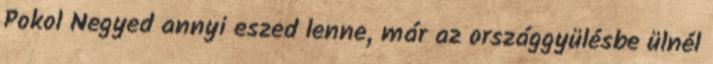
Pokol Negyed annyi eszed lenne, már az országgyülésbe ülnél